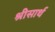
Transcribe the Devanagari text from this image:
श्रीसार्थ